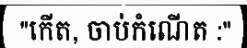
"កើត, ចាប់កំណើត :"